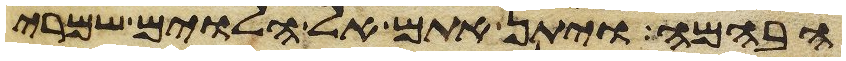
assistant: הבהמה ויתן אתם אל הלוים שמרי